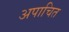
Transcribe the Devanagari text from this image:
अपाचित